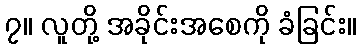
၇။ လူတို့ အခိုင်းအစေကို ခံခြင်း။